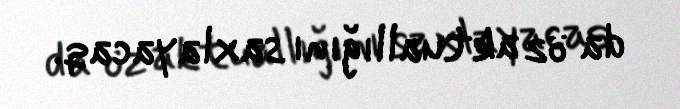
da öz aktuallığını saxlayacaq.